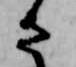
さ